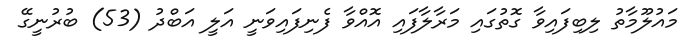
މައުލޫމާތު ލިބިފައިވާ ގޮތުގައި މަރާލާފައި އޮއްވާ ފެނިފައިވަނީ އަލީ އަބްދު (53) ބުރުނީގޭ